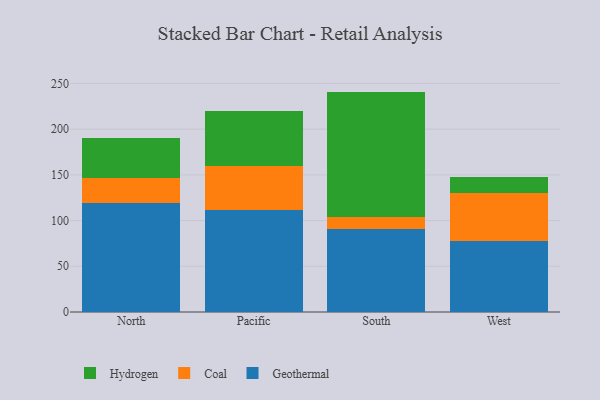
{"axis": {"x": "Region", "y": "Conversion Rate (%)"}, "legend": ["Coal", "Geothermal", "Hydrogen"], "data": [{"x": "North", "y": 118.7, "type": "Geothermal"}, {"x": "North", "y": 27.7, "type": "Coal"}, {"x": "North", "y": 44.1, "type": "Hydrogen"}, {"x": "Pacific", "y": 112.1, "type": "Geothermal"}, {"x": "Pacific", "y": 47.2, "type": "Coal"}, {"x": "Pacific", "y": 60.2, "type": "Hydrogen"}, {"x": "South", "y": 90.7, "type": "Geothermal"}, {"x": "South", "y": 12.8, "type": "Coal"}, {"x": "South", "y": 137.6, "type": "Hydrogen"}, {"x": "West", "y": 78.0, "type": "Geothermal"}, {"x": "West", "y": 52.6, "type": "Coal"}, {"x": "West", "y": 16.6, "type": "Hydrogen"}]}